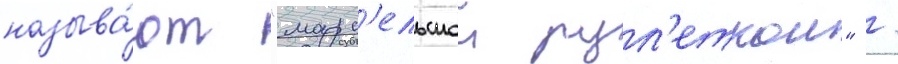
называ́ют "марс'ельскои рул'еткои" /